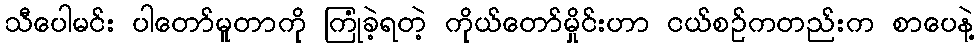
သီပေါမင်း ပါတော်မူတာကို ကြုံခဲ့ရတဲ့ ကိုယ်တော်မှိုင်းဟာ ငယ်စဉ်ကတည်းက စာပေနဲ့